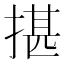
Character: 揕